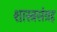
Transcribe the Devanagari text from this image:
शास्त्रसंग्रह